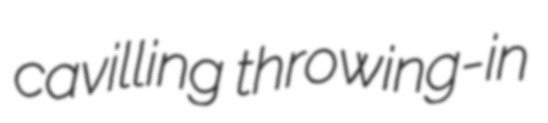
cavilling throwing-in